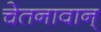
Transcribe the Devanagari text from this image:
चेतनावान्‌